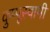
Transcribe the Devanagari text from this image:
कुप्पूस्वामी